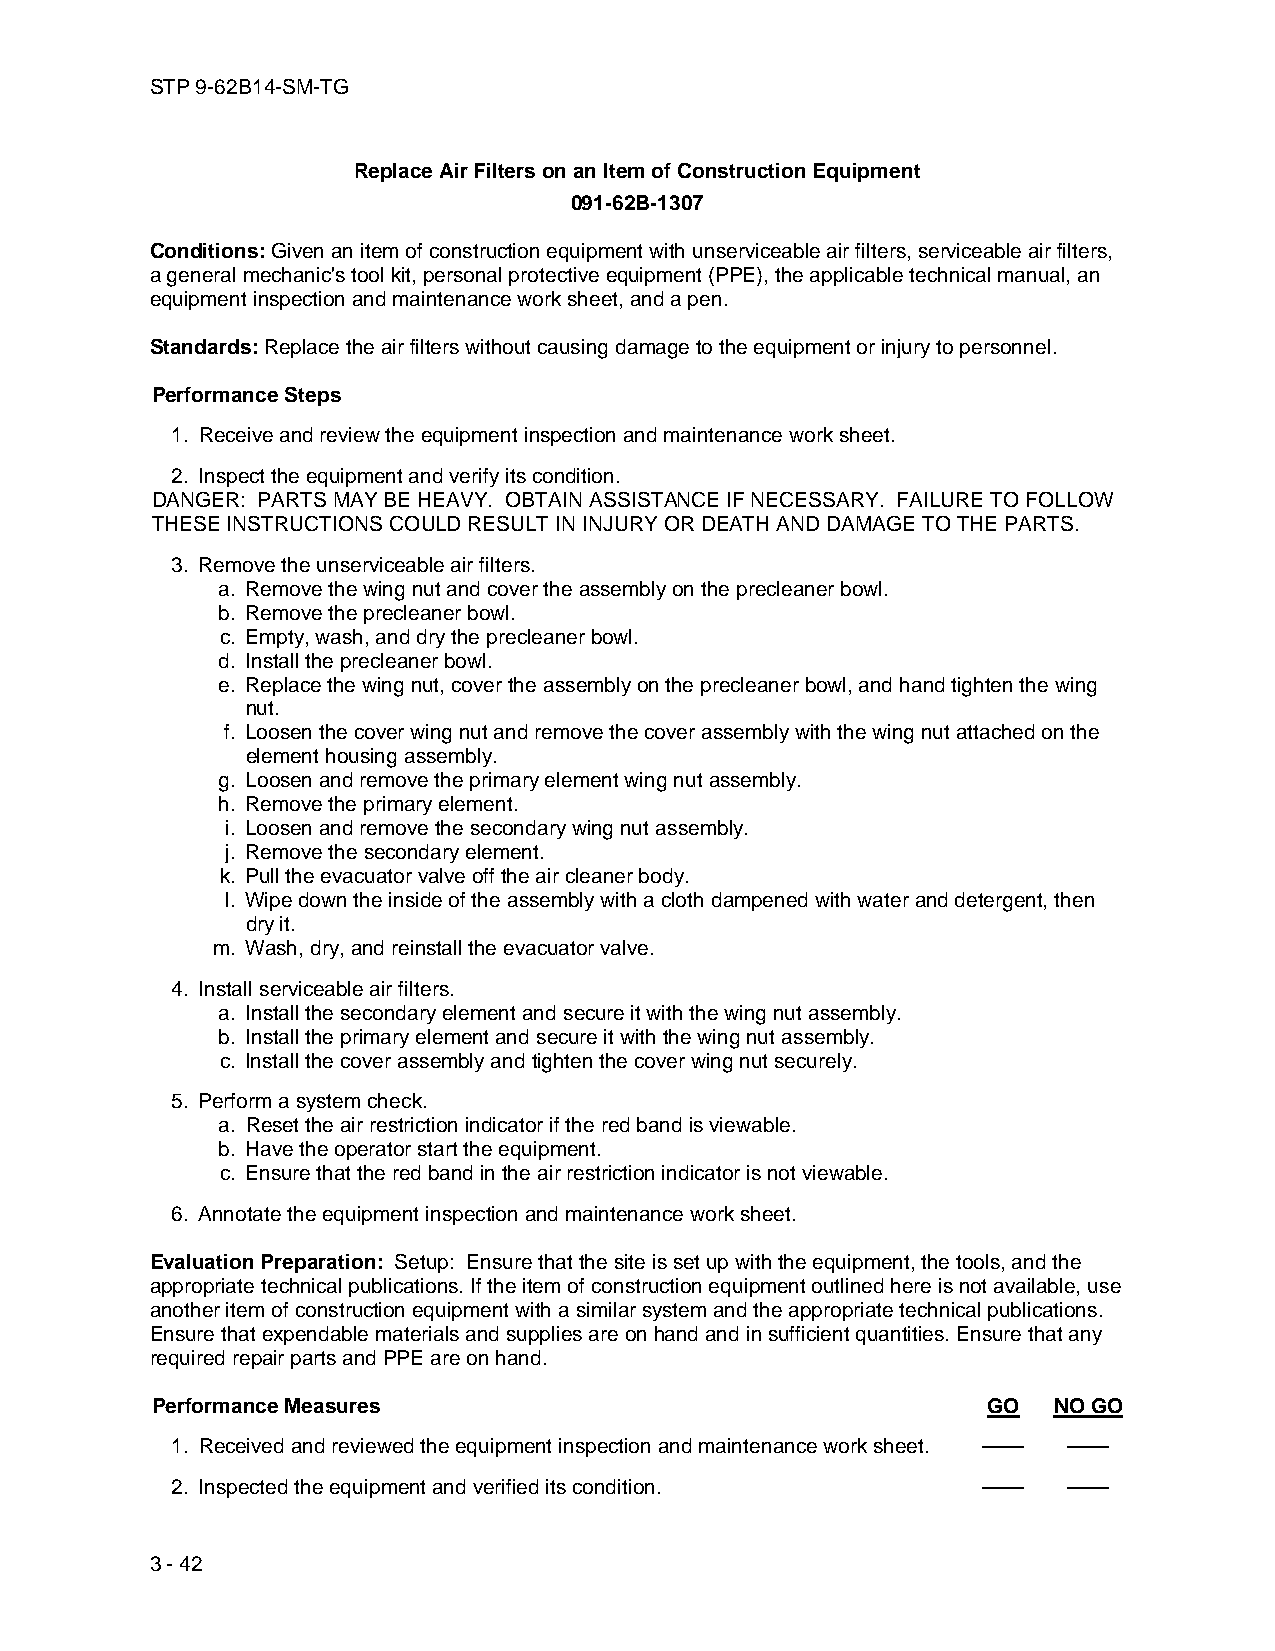
STP 9-62B14-SM-TG
 Replace Air Filters on an Item of Construction Equipment
 091-62B-1307
 Conditions: Given an item of construction equipment with unserviceable air filters, serviceable air filters,
 a general mechanic's tool kit, personal protective equipment (PPE), the applicable technical manual, an
 equipment inspection and maintenance work sheet, and a pen.
 Standards: Replace the air filters without causing damage to the equipment or injury to personnel.
 Performance Steps
 1. Receive and review the equipment inspection and maintenance work sheet.
 2. Inspect the equipment and verify its condition.
 DANGER: PARTS MAY BE HEAVY. OBTAIN ASSISTANCE IF NECESSARY. FAILURE TO FOLLOW
 THESE INSTRUCTIONS COULD RESULT IN INJURY OR DEATH AND DAMAGE TO THE PARTS.
 3. Remove the unserviceable air filters.
 a. Remove the wing nut and cover the assembly on the precleaner bowl.
 b. Remove the precleaner bowl.
 c. Empty, wash, and dry the precleaner bowl.
 d. Install the precleaner bowl.
 e. Replace the wing nut, cover the assembly on the precleaner bowl, and hand tighten the wing
 nut.
 f. Loosen the cover wing nut and remove the cover assembly with the wing nut attached on the
 element housing assembly.
 g. Loosen and remove the primary element wing nut assembly.
 h. Remove the primary element.
 i. Loosen and remove the secondary wing nut assembly.
 j. Remove the secondary element.
 k. Pull the evacuator valve off the air cleaner body.
 l. Wipe down the inside of the assembly with a cloth dampened with water and detergent, then
 dry it.
 m. Wash, dry, and reinstall the evacuator valve.
 4. Install serviceable air filters.
 a. Install the secondary element and secure it with the wing nut assembly.
 b. Install the primary element and secure it with the wing nut assembly.
 c. Install the cover assembly and tighten the cover wing nut securely.
 5. Perform a system check.
 a. Reset the air restriction indicator if the red band is viewable.
 b. Have the operator start the equipment.
 c. Ensure that the red band in the air restriction indicator is not viewable.
 6. Annotate the equipment inspection and maintenance work sheet.
 Evaluation Preparation: Setup: Ensure that the site is set up with the equipment, the tools, and the
 appropriate technical publications. If the item of construction equipment outlined here is not available, use
 another item of construction equipment with a similar system and the appropriate technical publications.
 Ensure that expendable materials and supplies are on hand and in sufficient quantities. Ensure that any
 required repair parts and PPE are on hand.
 Performance Measures                                   GO   NO GO
 1. Received and reviewed the equipment inspection and maintenance work sheet. —— ——
 2. Inspected the equipment and verified its condition. ——   ——
 3 - 42